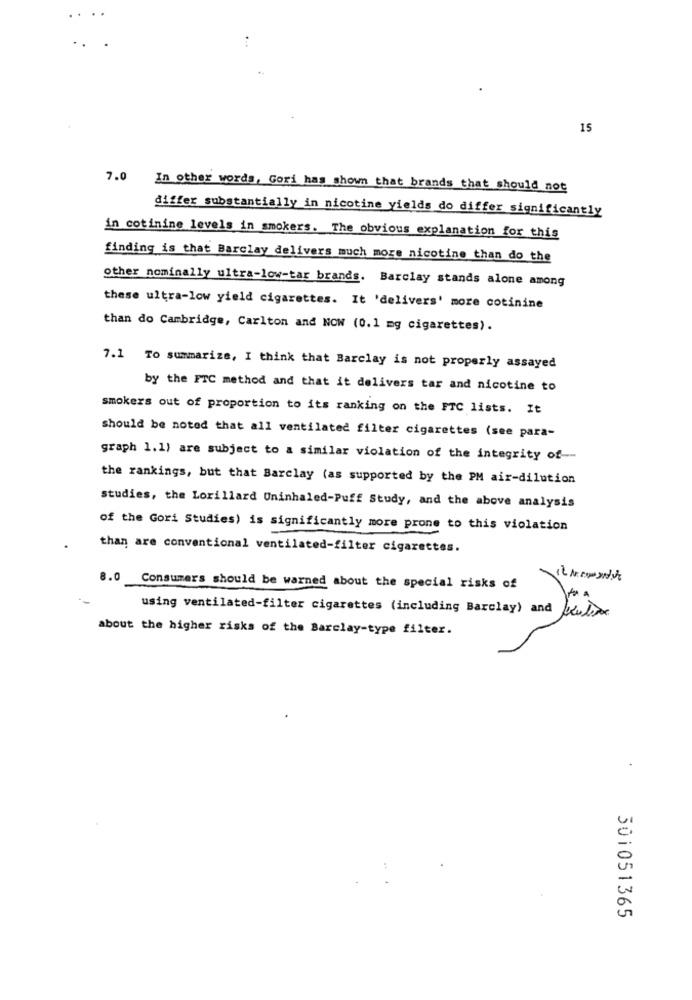
15
7.0 In other words, Gori has shown that brands that should not
differ substantially in nicotine yields do differ significantly
in cotinine levels in smokers. The obvious explanation for this
finding is that Barclay delivers much more nicotine than do the
other nominally ultra-low-tar brands. Barclay stands alone among
these ultra-low yield cigarettes. It 'delivers' more cotinine
than do Cambridge, Carlton and NOW (0.1 mg cigarettes).
7.1 To summarize, I think that Barclay is not properly assayed
by the FTC method and that it delivers tar and nicotine to
smokers out of proportion to its ranking on the FTC lists. It
should be noted that all ventilated filter cigarettes (see para-
graph 1.1) are subject to a similar violation of the integrity of-
the rankings, but that Barclay (as supported by the PM air-dilution
studies, the Lorillard Uninhaled-Puff Study, and the above analysis
of the Gori Studies) is significantly more prone to this violation
than are conventional ventilated-filter cigarettes.
8.0
Consumers should be warned about the special risks of
using ventilated-filter cigarettes (including Barclay) and future
about the higher risks of the Barclay-type filter.
501051365